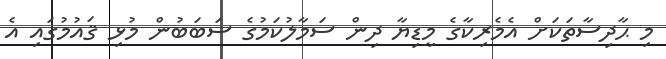
މި ޙާދިސާތަކަށް އެމެރިކާގެ މީޑިޔާ ދިން ސަމާލުކަމުގެ ސަބަބުން މުޅި ޤައުމުގައި އެ